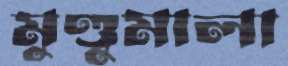
মুণ্ডুমালা